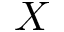
X